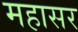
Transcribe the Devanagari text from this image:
महासर